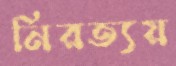
নিরত্যয়